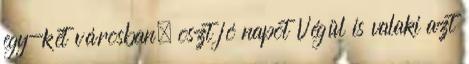
egy-két városban, oszt jó napot Végül is valaki azt